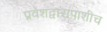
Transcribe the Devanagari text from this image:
प्रवेशद्वारापाशीच